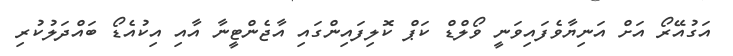
އަގުއޭރޯ އަށް އަނިޔާވެފައިވަނީ ވޯލްޑް ކަޕް ކޮލިފައިންގައި އާޖެންޓީނާ އާއި އިކުއެޑޯ ބައްދަލުކުރި